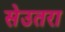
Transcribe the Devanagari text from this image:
सेउतरा